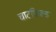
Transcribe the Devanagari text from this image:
चाटफिल्ड